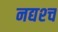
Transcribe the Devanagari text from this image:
नद्यश्‍च